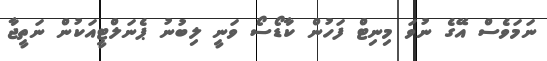
ނަމަވެސް އޭގެ ނުވަ މިނިޓް ފަހުން ކާޑޯސޯ ވަނީ ލިބުނު ޕެނަލްޓީއަކުން ނަތީޖާ